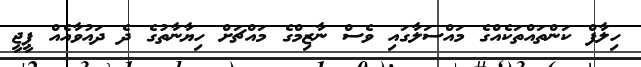
ހިލާފް ކަންތައްތަކެއްގެ މައްސަލާގައި ވެސް ނާޒިމްގެ މައްޗަށް ހިޔާނާތުގެ ދެ ދައުވާއެއް ޕީޖީ